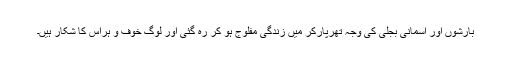
بارشوں اور آسمانی بجلی کی وجہ تھرپارکر میں زندگی مفلوج ہو کر رہ گئی اور لوگ خوف و ہراس کا شکار ہیں۔